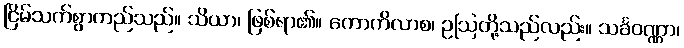
ငြိမ်သက်စွာတည်သည်။ သိယာ၊ ဖြစ်ရာ၏။ ကောကိလာစ၊ ဥဩတို့သည်လည်း။ သင်္ခဝဏ္ဏာ၊